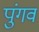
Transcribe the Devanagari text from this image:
पुंगव